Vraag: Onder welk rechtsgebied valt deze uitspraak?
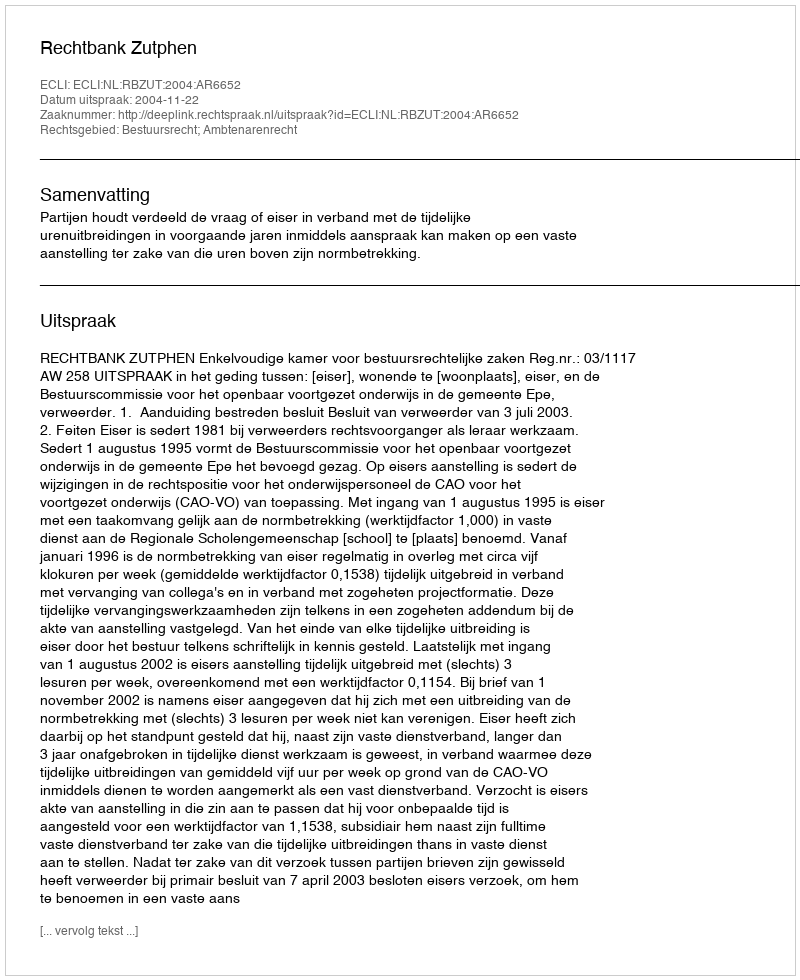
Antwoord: Bestuursrecht; Ambtenarenrecht